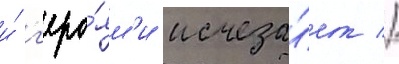
и́ г'еро́ям'и исчеза́ет //